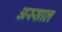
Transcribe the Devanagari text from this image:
अस्साल